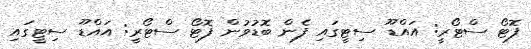
ފޮޓޯ ސްޓޯރީ: އައްޑޫ ސިޓީގައި ފެން ބޮޑުވުން ފޮޓޯ ސްޓޯރީ: އައްޑޫ ސިޓީގައި